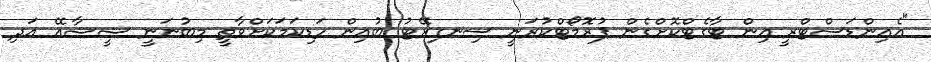
"އެއިންޑަސްޓްރީ އިން ޓާގެޓްކޮށްގެން ޕުރޮމޯޓްކުރަނީ ސިނގިރޭޓު ބުއިން ހަޑިކަމަކަށްވާތީ މިބުނަނީ ޝީޝާއޭ އަދި